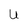
Character: U